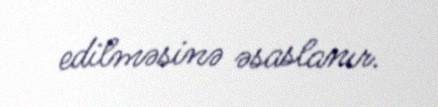
edilməsinə əsaslanır.